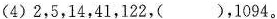
(4)2，5，14，41，122，( )，1094。